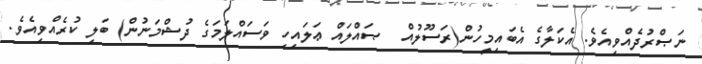
ނަޞްރުދެއްވިއެވެ. އެކަލާގެ އެބައިމީހުން(ރަސޫލުއް  ޞައްލައް ޢަލައިހި ވަސައްލަމަގެ ދުޝްމަނުން) ބަލި ކުރެއްވިއެވެ.